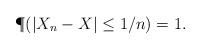
LaTeX: \begin{align*}\P(|X_n - X| \leq 1/n) =1.\end{align*}